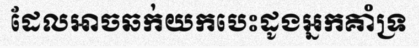
ដែលអាចឆក់យកបេះដូងអ្នកគាំទ្រ